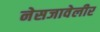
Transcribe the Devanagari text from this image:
नेसजावेलीर